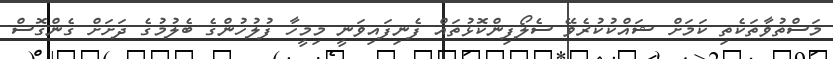
މަސްތުވާތަކެތި ކަމަށް ޝައްކުކުރެވޭ ސެލޯފިންކޮޅުތައް ފެނިފައިވަނީ މިމީހާ ފުލުހުންގެ ބެލުމުގެ ދަށަށް ގެންގޮސް